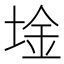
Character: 𫭾